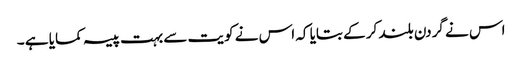
اس نے گردن بلند کر کے بتایا کہ اس نے کویت سے بہت پیسہ کمایا ہے ۔